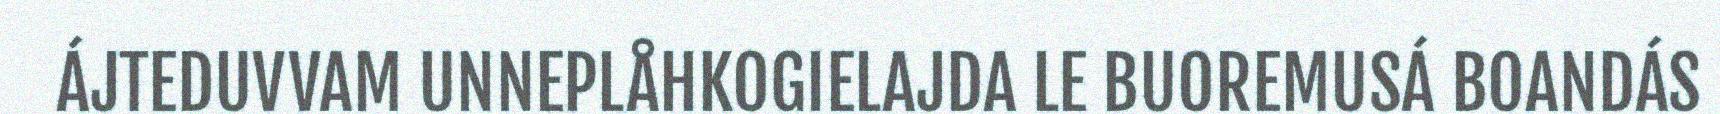
ÁJTEDUVVAM UNNEPLÅHKOGIELAJDA LE BUOREMUSÁ BOANDÁS